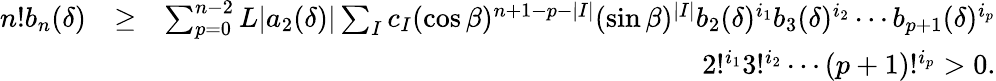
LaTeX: \begin{array}{rlr}{n!b_{n}(\delta)}&{\geq}&{\sum_{p=0}^{n-2}L|a_{2}(\delta)|\sum_{I}c_{I}(\cos\beta)^{n+1-p-|I|}(\sin\beta)^{|I|}b_{2}(\delta)^{i_{1}}b_{3}(\delta)^{i_{2}}\cdots b_{p+1}(\delta)^{i_{p}}}\\ &{}&{2!^{i_{1}}3!^{i_{2}}\cdots(p+1)!^{i_{p}}>0.}\end{array}